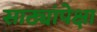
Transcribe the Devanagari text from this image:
साठ्यांपेक्षा